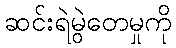
ဆင်းရဲမွဲတေမှုကို